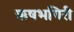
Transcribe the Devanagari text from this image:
ऋषभगिरी